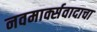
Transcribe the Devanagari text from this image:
नवमार्क्सवादाचा